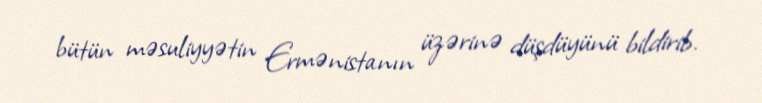
bütün məsuliyyətin Ermənistanın üzərinə düşdüyünü bildirib.